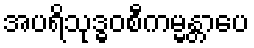
အပရိသုဒ္ဓဝစီကမ္မန္တာပေ